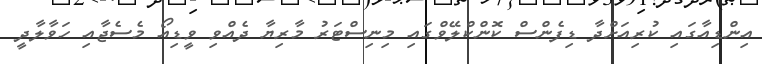
އިންޑިއާގައި ކުރިއަށްދާ ޑިފެންސް ކޮންކްލޭވްގައި މިނިސްޓަރު މާރިޔާ ދެއްވި ވީޑިއޯ މެސެޖާއި ހަވާލާދީ